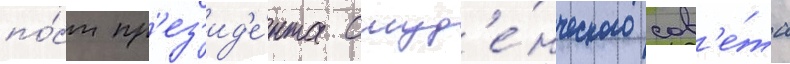
по́ст пр'ез'ид'е́нта студ'е́нческого сов'е́та